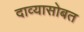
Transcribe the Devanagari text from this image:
दाव्यासोबत